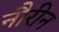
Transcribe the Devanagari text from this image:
नौरीन